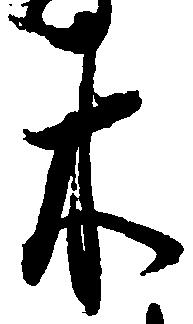
木